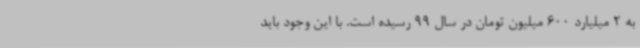
به 2 میلیارد 600 میلیون تومان در سال 99 رسیده است. با این وجود باید